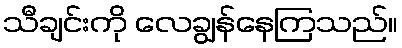
သီချင်းကို လေချွန်နေကြသည်။